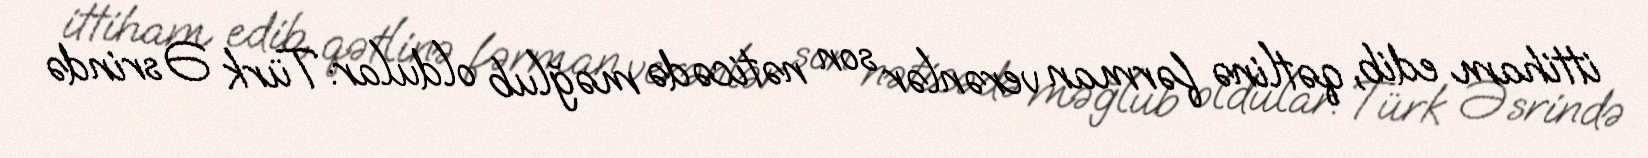
ittiham edib, qətlinə fərman verənlər son nəticədə məğlub oldular: Türk Əsrində